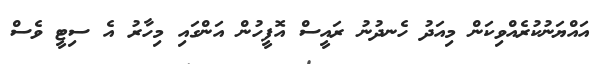
އައްޔަނުކުރެއްވިކަން މިއަދު ހެނދުނު ރައީސް އޮފީހުން އަންގައި މިހާރު އެ ސިޓީ ވެސް